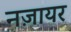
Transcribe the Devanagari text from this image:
नज़ायर